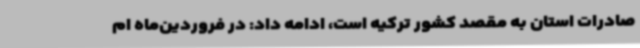
صادرات استان به مقصد کشور ترکیه است، ادامه داد: در فروردین‌ماه ام